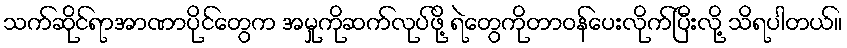
သက်ဆိုင်ရာအာဏာပိုင်တွေက အမှုကိုဆက်လုပ်ဖို့ ရဲတွေကိုတာဝန်ပေးလိုက်ပြီးလို့ သိရပါတယ်။